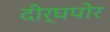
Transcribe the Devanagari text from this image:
दीर्घपोर